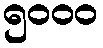
၅၀၀၀